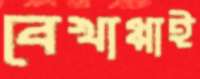
বেখাপ্পাই